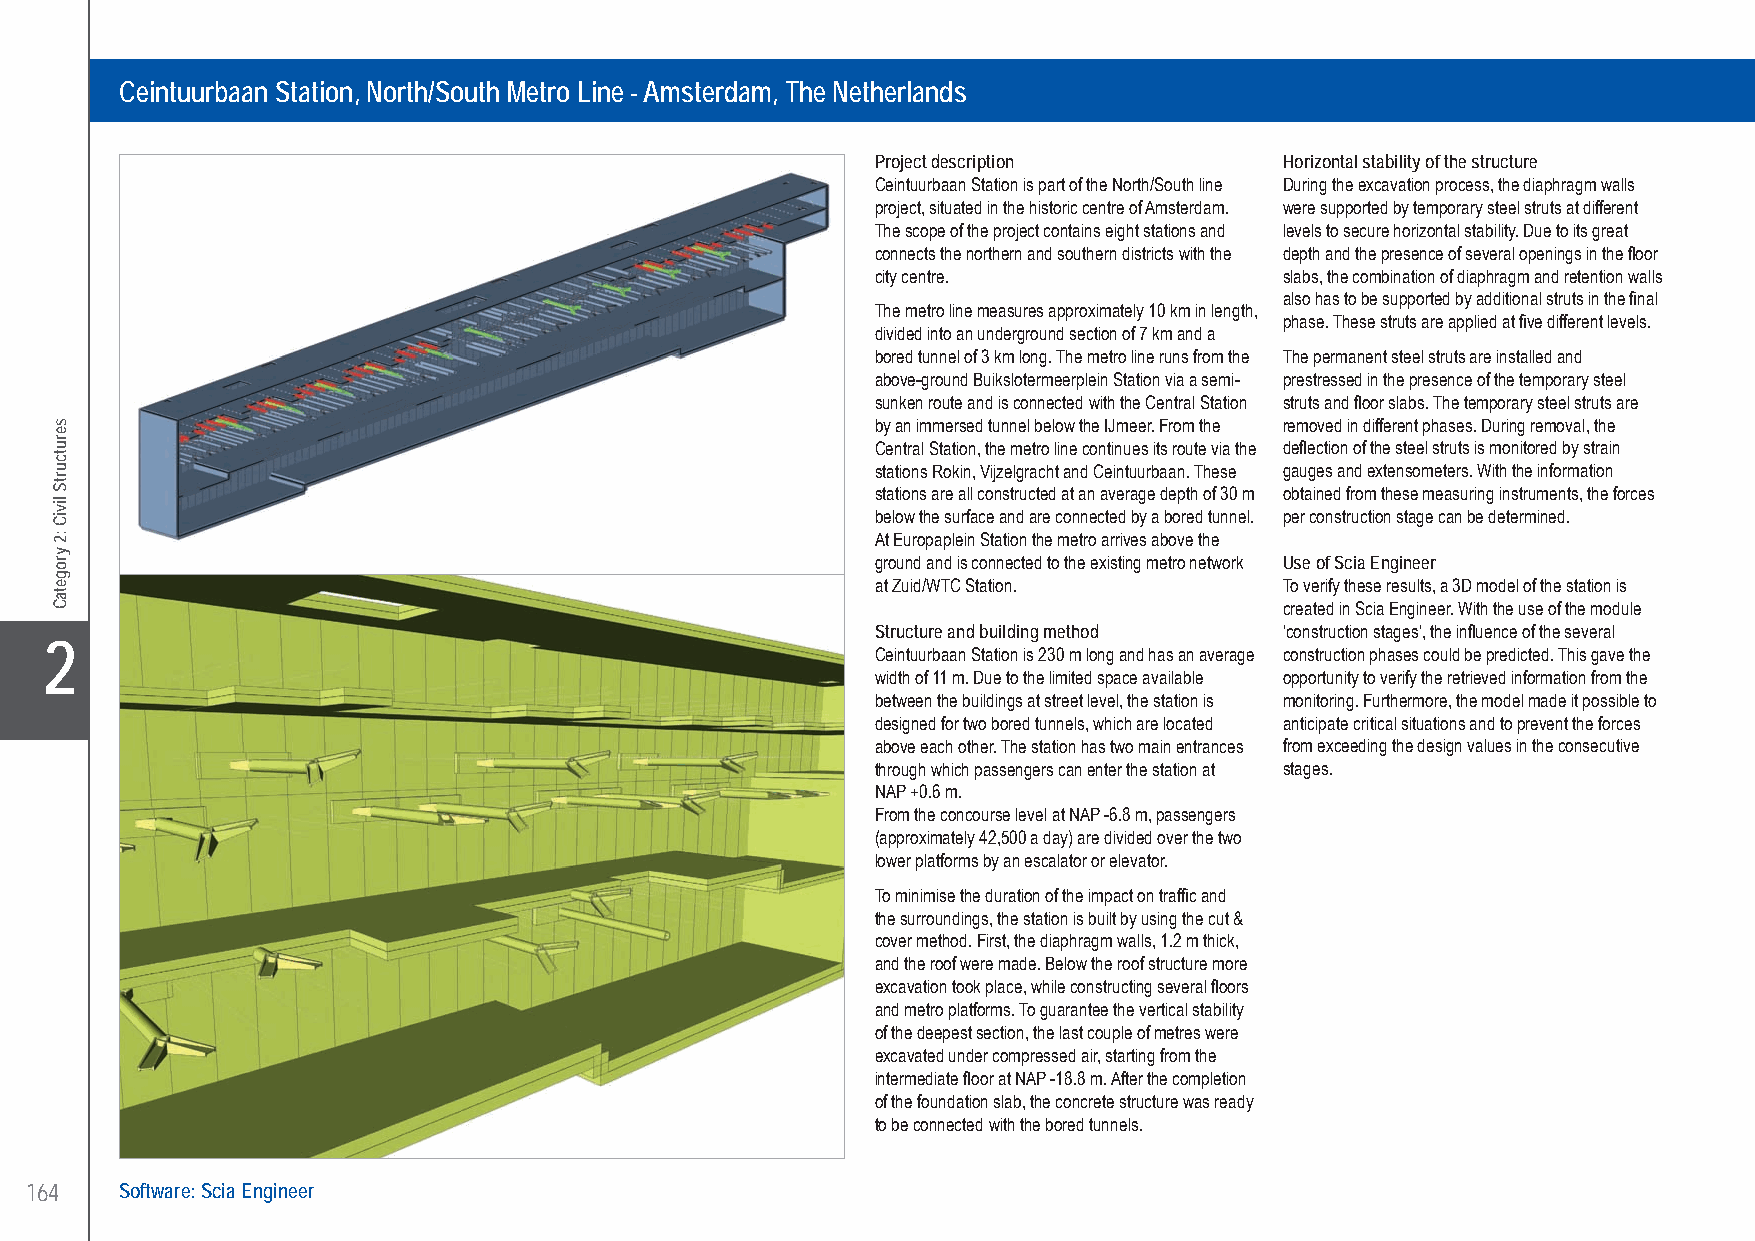
Witteveen+Bos Ceintuurbaan Station, North/South Metro Line - Amsterdam, The Netherlands
 Ceintuurbaan Station, North/South Metro Line - Amsterdam, The Netherlands
 Project description        Horizontal stability of the structure
 Ceintuurbaan Station is part of the North/South line During the excavation process, the diaphragm walls
 project, situated in the historic centre of Amsterdam. were supported by temporary steel struts at different
 The scope of the project contains eight stations and levels to secure horizontal stability. Due to its great
 connects the northern and southern districts with the depth and the presence of several openings in the floor
 city centre.               slabs, the combination of diaphragm and retention walls
 also has to be supported by additional struts in the final
 The metro line measures approximately 10 km in length,
 phase. These struts are applied at five different levels.
 divided into an underground section of 7 km and a
 bored tunnel of 3 km long. The metro line runs from the The permanent steel struts are installed and
 above-ground Buikslotermeerplein Station via a semi- prestressed in the presence of the temporary steel
 sunken route and is connected with the Central Station struts and floor slabs. The temporary steel struts are
 by an immersed tunnel below the IJmeer. From the removed in different phases. During removal, the
 Central Station, the metro line continues its route via the deflection of the steel struts is monitored by strain
 stations Rokin, Vijzelgracht and Ceintuurbaan. These gauges and extensometers. With the information
 stations are all constructed at an average depth of 30 m obtained from these measuring instruments, the forces
 below the surface and are connected by a bored tunnel. per construction stage can be determined.
 At Europaplein Station the metro arrives above the
 ground and is connected to the existing metro network Use of Scia Engineer
 at Zuid/WTC Station.       To verify these results, a 3D model of the station is
 created in Scia Engineer. With the use of the module
 Structure and building method ‘construction stages’, the influence of the several
 X2                                                     Ceintuurbaan Station is 230 m long and has an average construction phases could be predicted. This gave the
 width of 11 m. Due to the limited space available opportunity to verify the retrieved information from the
 between the buildings at street level, the station is monitoring. Furthermore, the model made it possible to
 designed for two bored tunnels, which are located anticipate critical situations and to prevent the forces
 above each other. The station has two main entrances from exceeding the design values in the consecutive
 through which passengers can enter the station at stages.
 NAP +0.6 m.
 From the concourse level at NAP -6.8 m, passengers
 (approximately 42,500 a day) are divided over the two
 lower platforms by an escalator or elevator.
 To minimise the duration of the impact on traffic and
 the surroundings, the station is built by using the cut &
 cover method. First, the diaphragm walls, 1.2 m thick,
 and the roof were made. Below the roof structure more
 excavation took place, while constructing several floors
 and metro platforms. To guarantee the vertical stability
 of the deepest section, the last couple of metres were
 excavated under compressed air, starting from the
 intermediate floor at NAP -18.8 m. After the completion
 of the foundation slab, the concrete structure was ready
 to be connected with the bored tunnels.
 164   Software: Scia Engineer
 UC-2013-Book-V8.indd 164                                                                                  7/11/2013 12:25:36 PM
 serutcurtS
 liviC
 :2
 yrogetaC